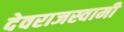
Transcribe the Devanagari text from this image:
देवराजस्वामी